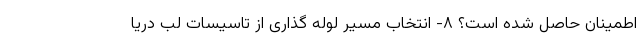
اطمینان حاصل شده است؟ ۸- انتخاب مسیر لوله گذاری از تاسیسات لب دریا